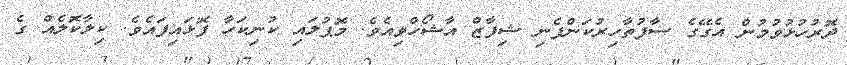
ދޮރުހުޅުވުމުން އެގޭގެ ސާފުތާހިރުކަންފެނި ޝިފާޒް އާޝޯހްވިއެވެ. މޮޕުލައި ކުނިކަހާ ފޮޅައިފައެވެ. ކިލާކޮަލެއް ގެ